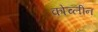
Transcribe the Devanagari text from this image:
कोच्लीन